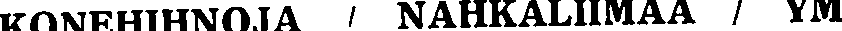
KONEHIHNOJA / NAHKALIIMAA / YM